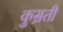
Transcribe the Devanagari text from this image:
कुस़ती